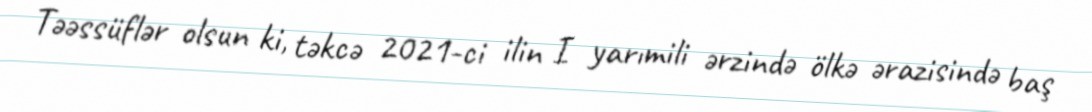
Təəssüflər olsun ki, təkcə 2021-ci ilin I yarımili ərzində ölkə ərazisində baş